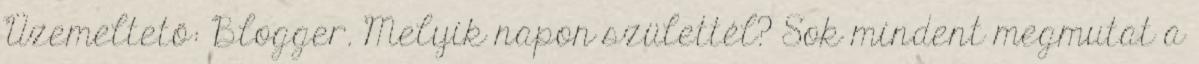
Üzemeltető: Blogger. Melyik napon születtél? Sok mindent megmutat a